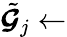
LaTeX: \tilde{\boldsymbol{\mathcal{G}}}_{j}\gets